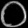
Digit: ၀